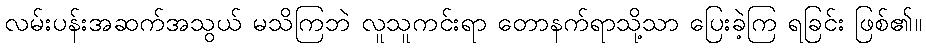
လမ်းပန်းအဆက်အသွယ် မသိကြဘဲ လူသူကင်းရာ တောနက်ရာသို့သာ ပြေးခဲ့ကြ ရခြင်း ဖြစ်၏။